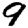
Digit: 9